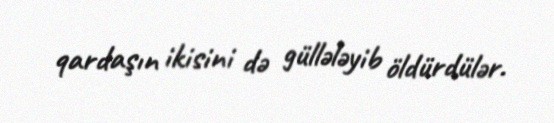
qardaşın ikisini də güllələyib öldürdülər.